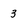
Character: 3